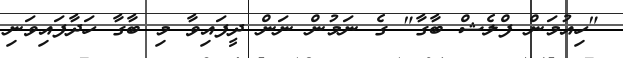
"ހިއުމަން ފްލެޝް ބާގާ" ގެ ނަމުން ނަން ދީފައިވާ މި ބާގާ ހަދާފައިވަނި